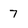
Character: 7